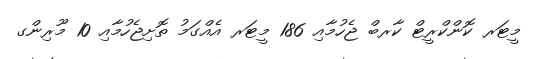
މީޓަރ ކޮންކްރީޓް ކާރބް ޖެހުމާއި 186 މީޓަރ އެއްގަމު ތޮށިޖެހުމާއި 10 މޫރިންގ